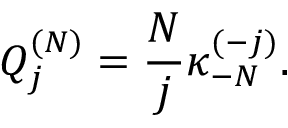
Q _ { j } ^ { ( N ) } = \frac { N } { j } \kappa _ { - N } ^ { ( - j ) } .